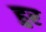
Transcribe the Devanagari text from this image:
हुर